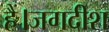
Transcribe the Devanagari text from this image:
हैं।जगदीश